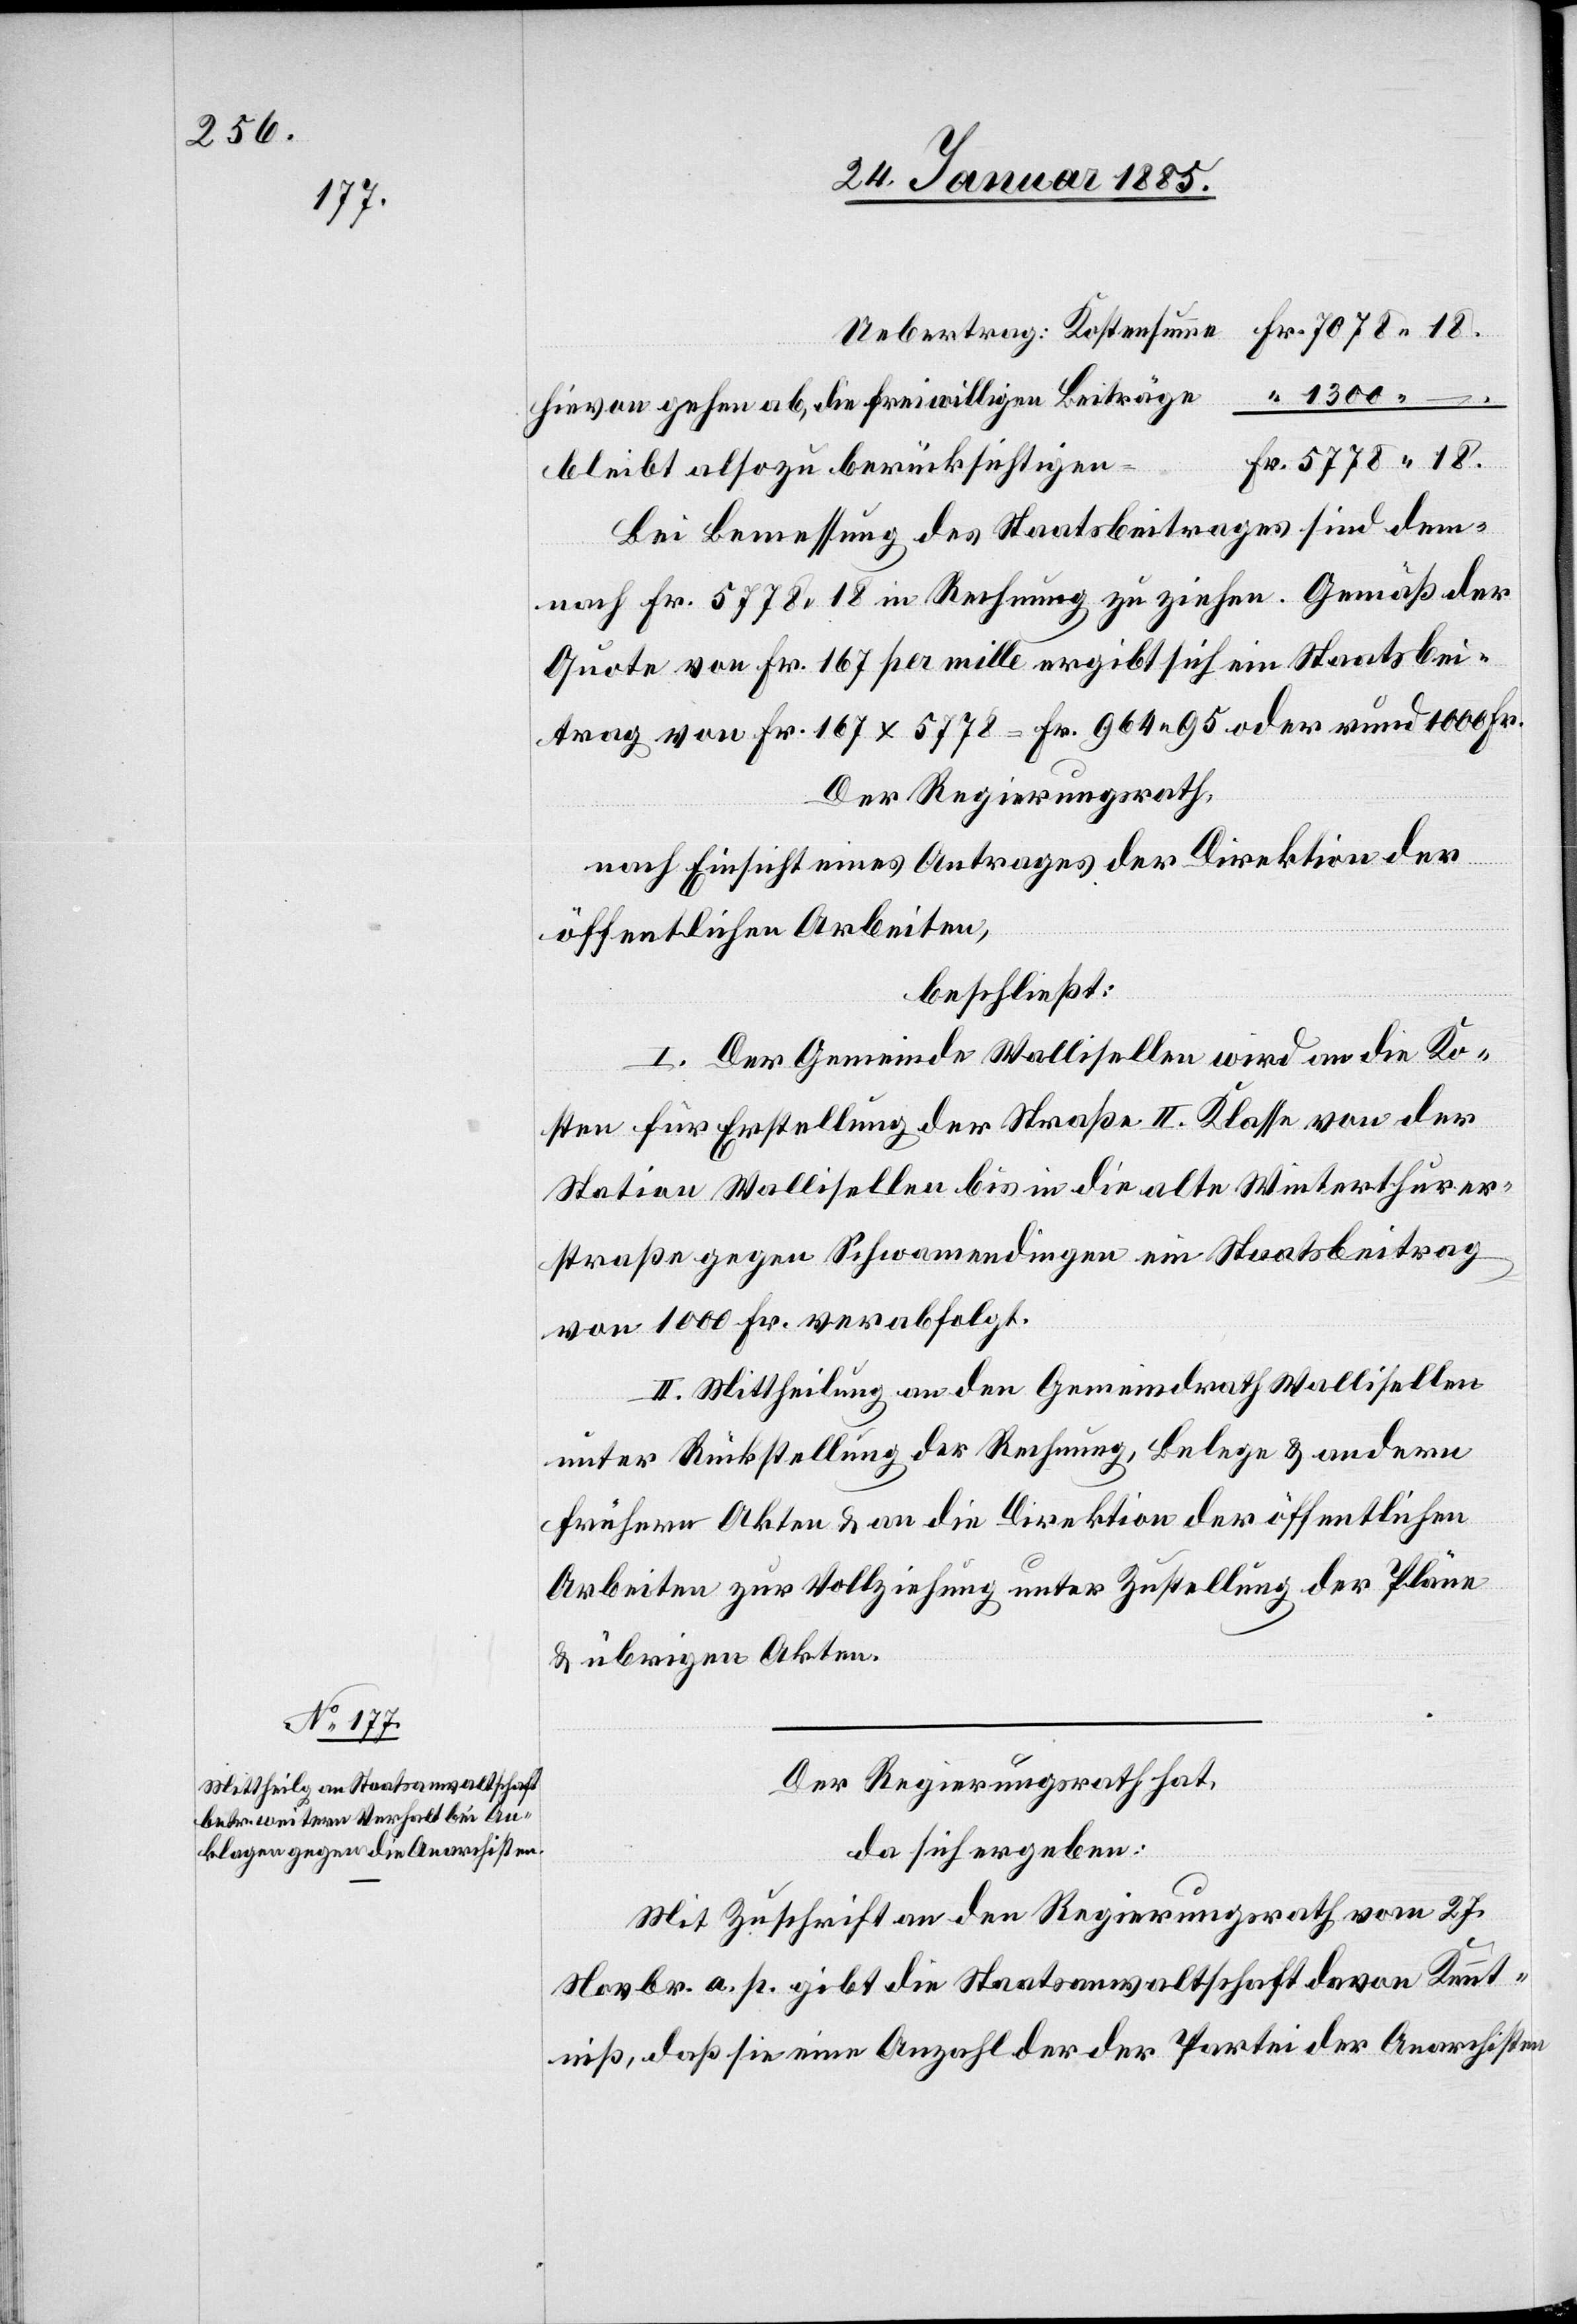
1300 –
Hievon gehen ab, die freiwilligen Beiträge
bleibt also zu berücksichtigen
Bei Bemessung des Staatsbeitrages sind dem¬
nach Fr. 5778 18 in Rechnung zu ziehen. Gemäß der
Quote von Fr. 167 per mille ergibt sich ein Staatsbei¬
trag von Fr. 168 x 5778 = Fr. 964 95 oder rund 1000 Fr.
Der Regierungsrath,
nach Einsicht eines Antrages der Direktion der
öffentlichen Arbeiten,
beschließt:
I. Der Gemeinde Wallisellen wird an die Korr¬
ektion für Erstellung der Straße II. Klasse von der
Station Wallisellen bis in die alte Winterthurer¬
straße gegen Schwamendingen ein Staatsbeitrag
von 1000 Fr. verabfolgt.
II. Mittheilung an den Gemeindrath Wallisellen
unter Rückstellung der Rechnung, Belege & andern
frühern Akten & an die Direktion der öffentlichen
Arbeiten zur Vollziehung unter Zustellung der Pläne
& übrigen Akten.
Der Regierungsrath hat,
da sich ergeben:
Mit Zuschrift an den Regierungsrath vom 27.
Novbr. a. p. gibt die Staatsanwaltschaft davon Kennt¬
niß, daß sie eine Anzahl der der Partei der Anarchisten